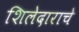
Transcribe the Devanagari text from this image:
शिलेदाराचे